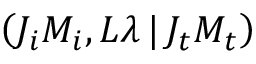
\left( J _ { i } M _ { i } , L \lambda \, | \, J _ { t } M _ { t } \right)